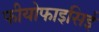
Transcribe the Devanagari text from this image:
फीयोफाइसिई